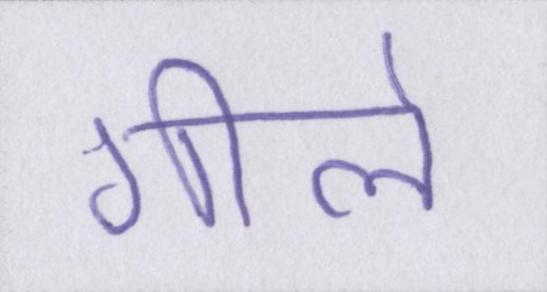
गीले